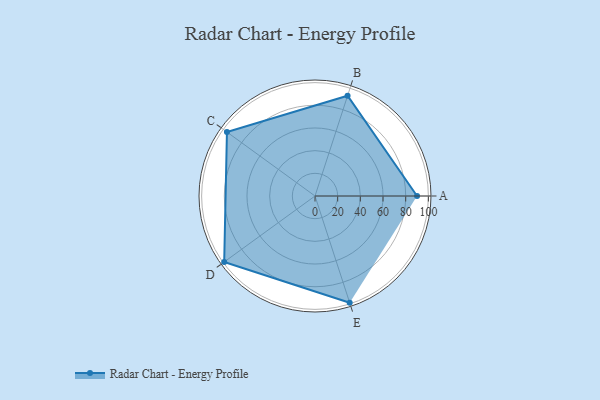
{"axis": {"x": "Skill", "y": "Score"}, "legend": ["Profile"], "data": [{"x": "A", "y": 90.0, "type": "Profile"}, {"x": "B", "y": 93.0, "type": "Profile"}, {"x": "C", "y": 96.0, "type": "Profile"}, {"x": "D", "y": 99.0, "type": "Profile"}, {"x": "E", "y": 99, "type": "Profile"}]}